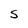
Character: S